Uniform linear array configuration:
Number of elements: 16
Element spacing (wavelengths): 0.25
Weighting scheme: blackman
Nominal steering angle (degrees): -15
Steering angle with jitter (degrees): -13.538
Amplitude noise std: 0.05
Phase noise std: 0.05

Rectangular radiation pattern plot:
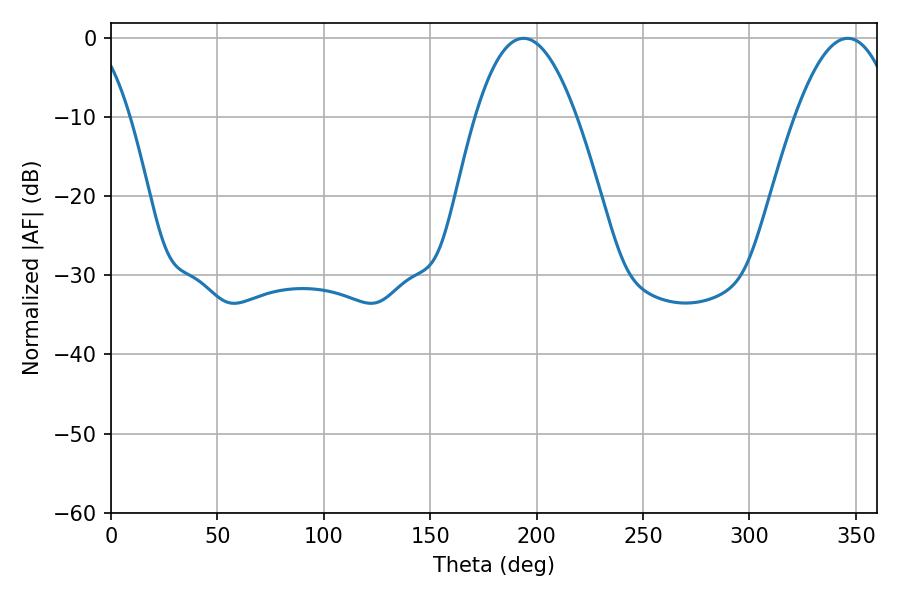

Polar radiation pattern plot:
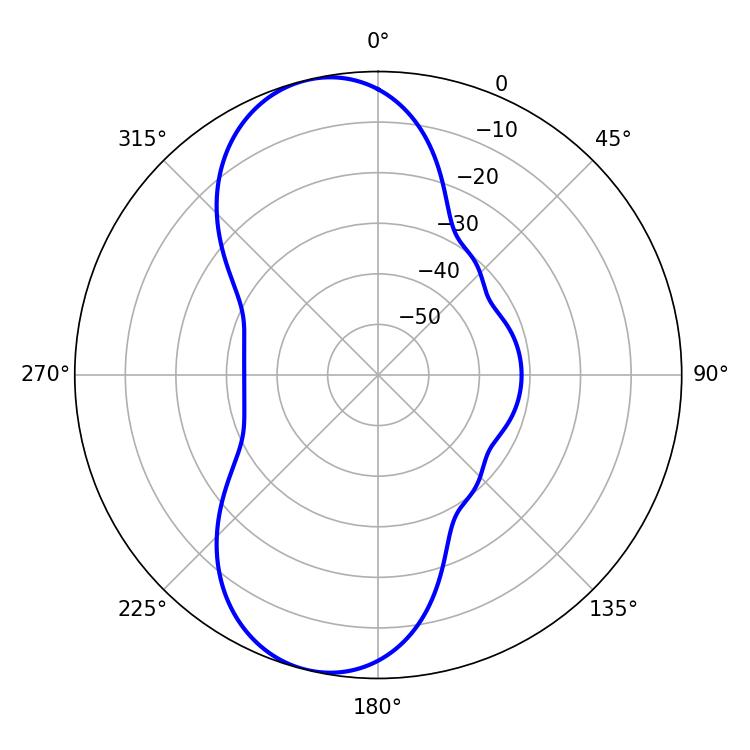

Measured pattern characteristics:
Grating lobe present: FALSE
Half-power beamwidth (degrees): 26.1
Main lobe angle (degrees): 193.86